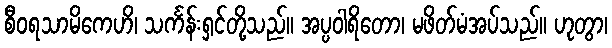
စီဝရသာမိကေဟိ၊ သင်္ကန်းရှင်တို့သည်။ အပ္ပဝါရိတော၊ မဖိတ်မံအပ်သည်။ ဟုတွာ၊